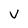
Character: v